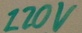
Text: 120V